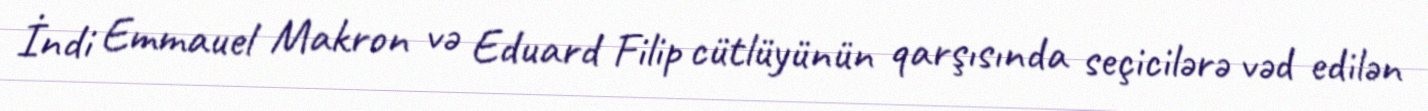
İndi Emmauel Makron və Eduard Filip cütlüyünün qarşısında seçicilərə vəd edilən